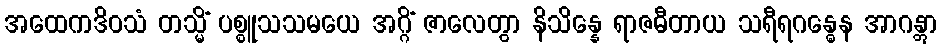
အထေကဒိဝသံ တသ္မိံ ပစ္စူသသမယေ အဂ္ဂိံ ဇာလေတွာ နိသိန္နေ ရာဇဓီတာယ သရီရဂန္ဓေန အာဂန္တွာ